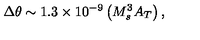
\Delta \theta \sim 1 . 3 \times 1 0 ^ { - 9 } \left( M _ { s } ^ { 3 } A _ { T } \right) ,